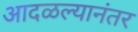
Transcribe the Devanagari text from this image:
आदळल्यानंतर